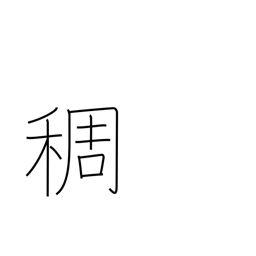
Meaning: density